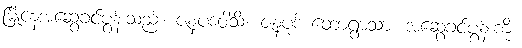
မြို့နေအဆွေခင်ပွန်းသည်။ ဇနပဒဝါသိံ၊ ဇနပုဒ် တောရွာသား အဆွေခင်ပွန်းကို။